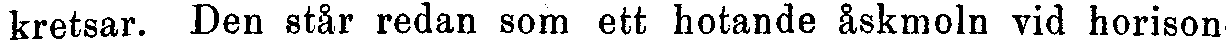
kretsar. Den står redan som ett hotande åskmoln vid horison-